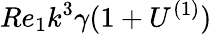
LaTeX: Re_{1}k^{3}\gamma(1+U^{(1)})